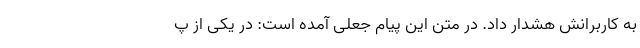
به کاربرانش هشدار داد. در متن این پیام جعلی آمده است: در یکی از پ